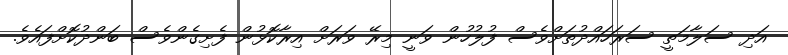
އަދި ސަލާމަތީ ސަރަހައްދުތަށްވެސް ފުލުހުން ވަނީ މިރޭ ވަރަށް އިރާކޮޅުން ފެށިގެންވެސް ބަންދުކޮށްފައެވެ.